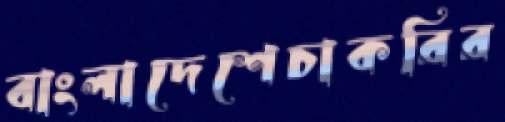
বাংলাদেশেচাকরির